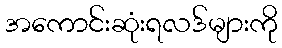
အကောင်းဆုံးရလဒ်များကို